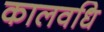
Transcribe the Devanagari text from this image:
कालवधि